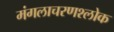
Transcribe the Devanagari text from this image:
मंगलाचरणश्लोक